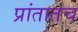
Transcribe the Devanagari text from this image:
प्रांतातच